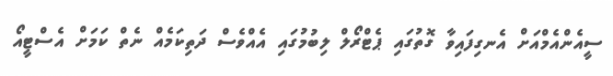
ސީއެންއެމްއަށް އެނގިފައިވާ ގޮތުގައި ޕެޓްރޯލް ލިބުމުގައި އެއްވެސް ދަތިކަމެއް ނެތް ކަމަށް އެސްޓީއޯ